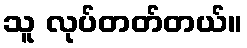
သူ လုပ်တတ်တယ်။